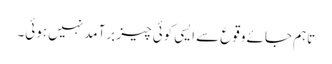
تاہم جائے وقوع سے ایسی کوئی چیز برآمد نہیں ہوئی۔